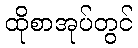
ထိုစာအုပ်တွင်